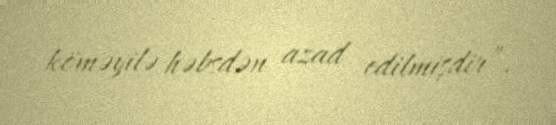
köməyilə həbsdən azad edilmişdir”.